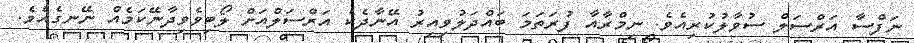
ނަފްސާ އަރްސަލް ސުވާލުކުރިއެވެ. ނިމްރާއާ ފުރަތަމަ ބައްދަލުވިއިރު އޭނާދެކެ އަރްސަލްއަށް ލޯބިވެވިދާނޭކަމެއް ނޭނގެއެވެ.